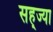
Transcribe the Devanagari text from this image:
सह्ज्या